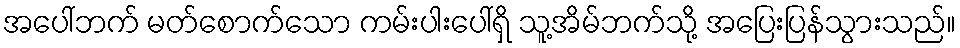
အပေါ်ဘက် မတ်စောက်သော ကမ်းပါးပေါ်ရှိ သူ့အိမ်ဘက်သို့ အပြေးပြန်သွားသည်။